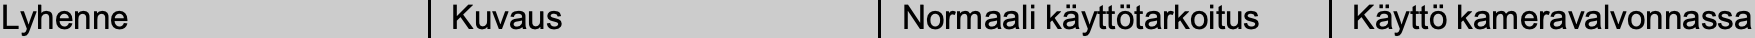
Lyhenne        Kuvaus        Normaali käyttötarkoitus Käyttö kameravalvonnassa